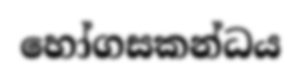
හෝගසකන්ධය